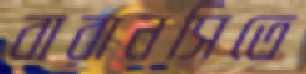
বারানসিতে